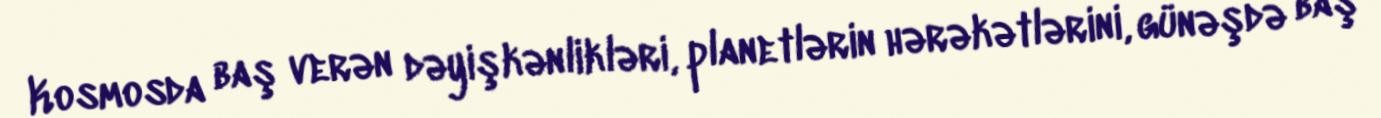
Kosmosda baş verən dəyişkənlikləri, planetlərin hərəkətlərini, günəşdə baş